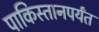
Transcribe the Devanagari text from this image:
पाकिस्तानपर्यंत